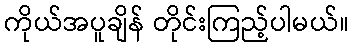
ကိုယ်အပူချိန် တိုင်းကြည့်ပါမယ်။